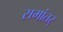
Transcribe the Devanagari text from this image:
समांतर्